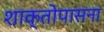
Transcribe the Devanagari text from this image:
शाक्तोपासना